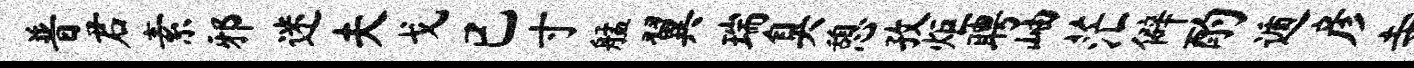
普君素邪迷夫戈已寸艋翼瑞臭憩孜炬聘岫茫僻酌遁彦寺竭